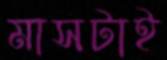
মাসটাই